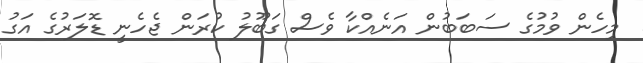
މިހެން ވުމުގެ ސަބަބުން އަނެއްކާ ވެސް ގަބޫލު ކުރަން ޖެހެނީ ޑޮލަރުގެ އަގު